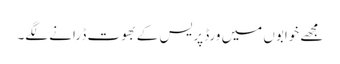
مجھے خوابوں میں ورڈ پریس کے بھوت ڈرانے لگے۔